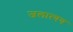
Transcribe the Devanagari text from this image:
जलात्यय